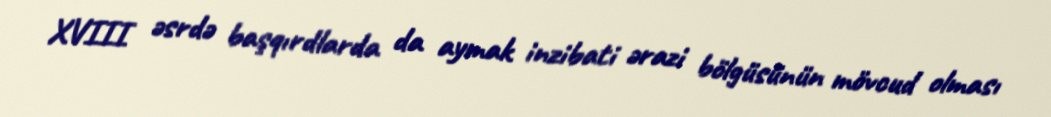
XVIII əsrdə başqırdlarda da aymak inzibati ərazi bölgüsünün mövcud olması